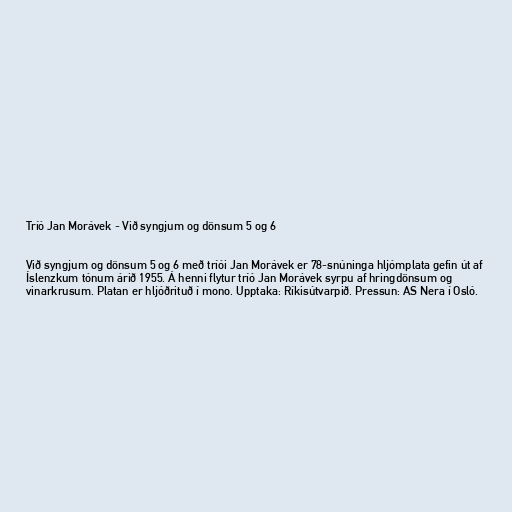
Tríó Jan Morávek - Við syngjum og dönsum 5 og 6

Við syngjum og dönsum 5 og 6 með tríói Jan Morávek er 78-snúninga hljómplata gefin út af
Íslenzkum tónum árið 1955. Á henni flytur tríó Jan Morávek syrpu af hringdönsum og
vinarkrusum. Platan er hljóðrituð í mono. Upptaka: Ríkisútvarpið. Pressun: AS Nera í Osló.